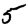
Digit: 5